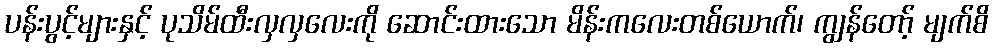
ပန်းပွင့်များနှင့် ပုသိမ်ထီးလှလှလေးကို ဆောင်းထားသော မိန်းကလေးတစ်ယောက်၊ ကျွန်တော့် မျက်စိ